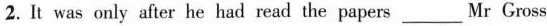
2. It was only after he had read the papers___Mr Gross